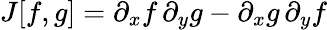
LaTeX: J[f,g]=\partial_{x}f\, \partial_{y}g-\partial_{x}g\, \partial_{y}f